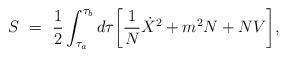
LaTeX: \begin{align*}S~=~{1\over 2} \int_{\tau_a}^{\tau_b} d\tau \biggl[ {1\over N}{\dot X}^2 +m^2 N + NV\biggr],\end{align*}